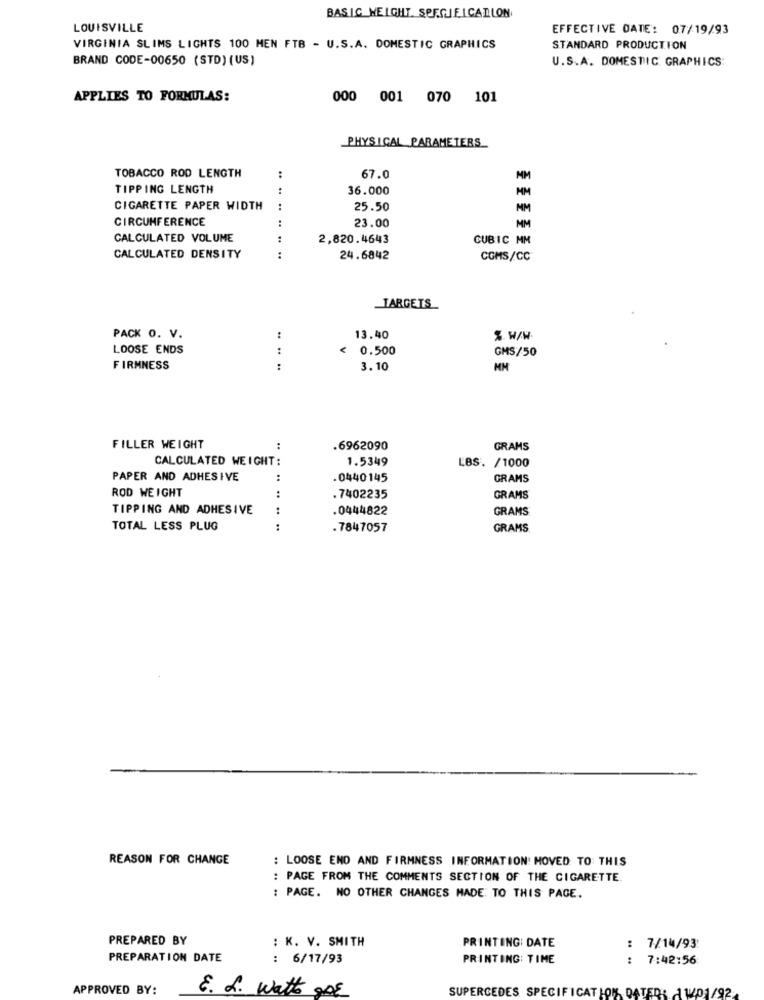
BASIC WEIGHT SERGUEICARLON
LOUISVILLE
EFFECTIVE DATE: 07/19/93
VIRGINIA SLIMS LIGHTS 100 MEN FTB - U.S.A. DOMESTIC GRAPHICS
STANDARD PRODUCTION
BRAND CODE-00650 (STD) (US )
U.S.A. DOMESTIC GRAPHICS:
APPLIES TO FORMULAS:
000 001 070 101
PHYSICAL PARAMETERS
TOBACCO ROD LENGTH
:
67.0
TIPPING LENGTH
36.000
MM
CIGARETTE PAPER WIDTH
25.50
NM
CIRCUMFERENCE
:
23.00
MM
CALCULATED VOLUME
2,820.4643
CUBIC MM
CALCULATED DENSITY
:
.. .. .. ......
24.6842
CGMS/CC
TARGETS
PACK O. V.
:
13.40
%. W/W.
LOOSE ENDS
:
< 0.500
GMS/50
FIRMNESS
:
3.10
FILLER WEIGHT
:
.6962090
GRAMS
CALCULATED WEIGHT:
1.5349
LBS. /1000
PAPER AND ADHESIVE
:
0440145
GRAMS
ROD WEIGHT
:
.7402235
GRAMS
TIPPING AND ADHESIVE
.0444822
GRAMS
TOTAL LESS PLUG
:
.7847057
GRAMS
REASON FOR CHANGE
: LOOSE END AND FIRMNESS INFORMATION: HOVED TO: THIS
: PAGE FROM THE COMMENTS SECTION OF THE CIGARETTE
: PAGE. NO OTHER CHANGES MADE TO THIS PAGE.
PREPARED BY
PRINTING: DATE
: K. V. SMITH
: 7/14/93
PREPARATION DATE
: 6/17/93
PRINTING: TIME
: 7:42:56
APPROVED BY:
E. L. Watts gor
SUPERCEDES SPECIFICATION DATED: A W01/92.